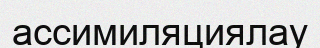
ассимиляциялау